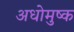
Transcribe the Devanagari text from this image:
अधोमुष्क